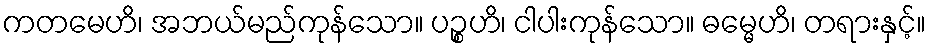
ကတမေဟိ၊ အဘယ်မည်ကုန်သော။ ပဉ္စဟိ၊ ငါပါးကုန်သော။ ဓမ္မေဟိ၊ တရားနှင့်။